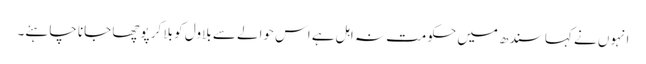
انہوں نے کہا سندھ میں حکومت نہ اہل ہے اس حوالے سے بلاول کو بلا کر پوچھا جانا چاہئے۔